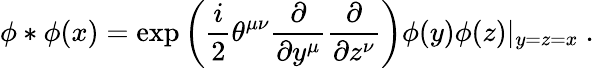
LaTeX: \phi*\phi(x)=\exp\left(\frac{i}{2}\theta^{\mu\nu}\frac{\partial}{\partial y^{\mu}}\frac{\partial}{\partial z^{\nu}}\right)\phi(y)\phi(z)|_{y=z=x}~.